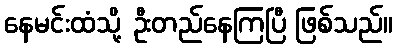
နေမင်းထံသို့ ဦးတည်နေကြပြီ ဖြစ်သည်။